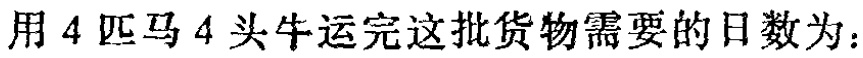
用4匹马4头牛运完这批货物需要的日数为：